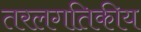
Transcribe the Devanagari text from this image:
तरलगतिकीय